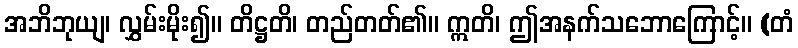
အဘိဘုယျ၊ လွှမ်းမိုး၍။ တိဋ္ဌတိ၊ တည်တတ်၏။ ဣတိ၊ ဤအနက်သဘောကြောင့်။ (တံ